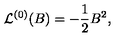
{ \cal L } ^ { ( 0 ) } ( B ) = - { \frac { 1 } { 2 } } B ^ { 2 } ,